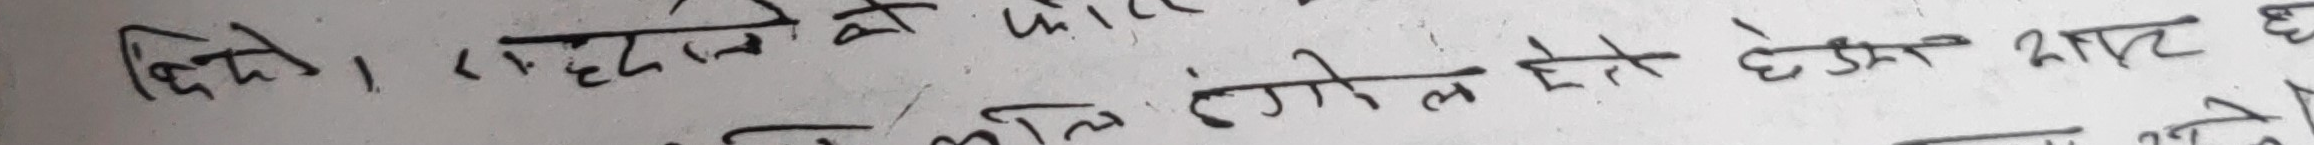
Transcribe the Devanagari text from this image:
थियो। राहुलले को घर भलि भलि रंगील होते छुम्म्यात छ